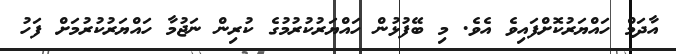
އާދަމް ހައްޔަރުކޮށްފައިވެ އެވެ. މި ބޭފުޅުން ހައްޔަރުކުރުމުގެ ކުރިން ނަޖުމާ ހައްޔަރުކުރުމަށް ފަހު